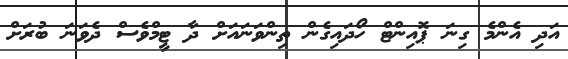
އަދި އެންމެ ގިނަ ޕޮއިންޓް ހޯދައިގެން ތިންވަނައަށް ދާ ޓީމްވެސް ދެވަނަ ބުރަށް